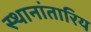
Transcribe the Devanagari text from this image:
स्थानांतारिय